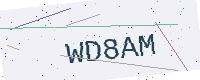
Text: WD8AM